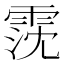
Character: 霃